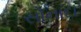
સોનાદા